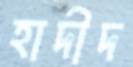
হাদীদ